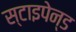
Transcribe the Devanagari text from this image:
स्टाइपेन्ड